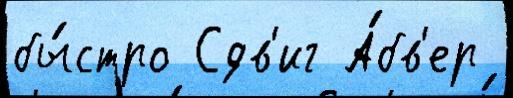
бы́стро Сдв'иг А́бв'ер